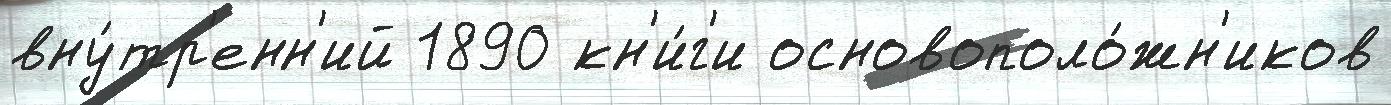
вну́тр'енн'ий 1890 кн'и́г'и основополо́жн'иков